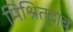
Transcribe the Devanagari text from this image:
मिश्रितदाब